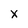
Character: x